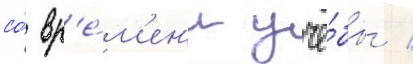
со́ вр'е́м'ен'и учё́бы /